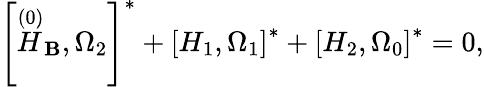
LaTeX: \left[\stackrel{\left(0\right)}{H}_{\mathbf{B}},\Omega_{2}\right]^{*}+\left[H_{1},\Omega_{1}\right]^{*}+\left[H_{2},\Omega_{0}\right]^{*}=0,